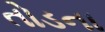
તોડના